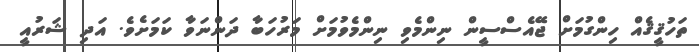
ތަހުޤީޤެއް ހިންގުމަށް ޖޭއެސްސީން ނިންމެވި ނިންމެވުމަށް މަރުހަބާ ދަންނަވާ ކަމަށެވެ. އަދި ޝަރުއީ